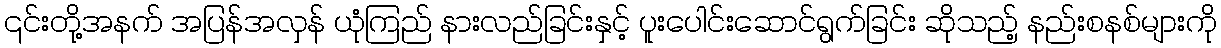
၎င်းတို့အနက် အပြန်အလှန် ယုံကြည် နားလည်ခြင်းနှင့် ပူးပေါင်းဆောင်ရွက်ခြင်း ဆိုသည့် နည်းစနစ်များကို